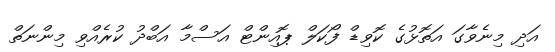
އަދި މިނެވާގަ އަތޮޅުގެ ކޮވިޑް ފޯކަލް ޕޮއިންޓް އަސްމާ އަބްދު ކުރެއްވި މިންނަތް